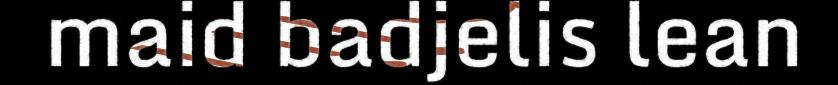
maid badjelis lean